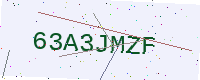
Text: 63A3JMZF